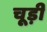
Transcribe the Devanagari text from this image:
चूड़ीं